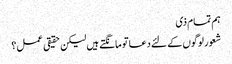
ہم تمام ذی
شعور لوگوں کے لئے دعا تو مانگتے ہیں لیکن حقیقی عمل؟